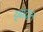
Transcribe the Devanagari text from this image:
इबादान